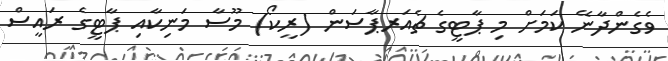
ވެގެންދާނޭ ކަމަށް މި ޕާޓީގެ ޗެއަރޕާސަން (ރީކޯ) މޫސާ މަނިކާއި ޕާޓީގެ ރައީސް